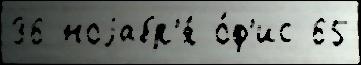
36 ноjабр'я́ о́ф'ис 65